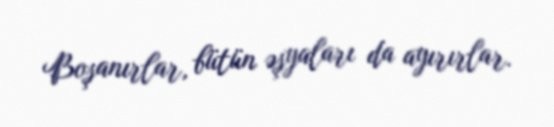
Boşanırlar, bütün əşyaları da ayırırlar.